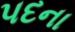
પદના